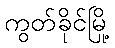
ကွတ်ခိုင်မြို့